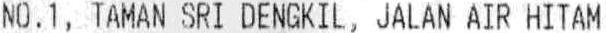
NO.1, TAMAN SRI DENGKIL, JALAN AIR HITAM